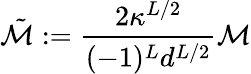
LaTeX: \tilde{\mathcal{M}}:=\frac{2\kappa^{L/2}}{(-1)^{L}d^{L/2}}\mathcal{M}